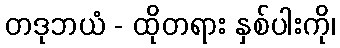
တဒုဘယံ - ထိုတရား နှစ်ပါးကို၊